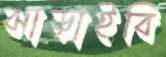
ঝাড়াইবি